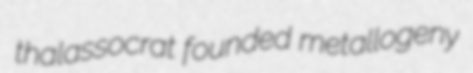
thalassocrat founded metallogeny